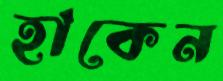
হাকেন